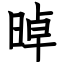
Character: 晫